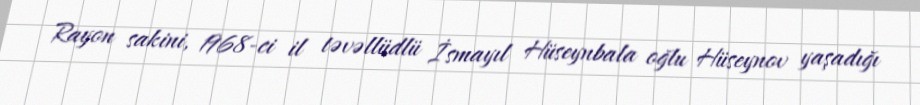
Rayon sakini, 1968-ci il təvəllüdlü İsmayıl Hüseynbala oğlu Hüseynov yaşadığı